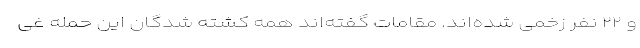
و ۲۲ نفر زخمی شده‌اند. مقامات گفته‌اند همه کشته شدگان این حمله غی